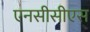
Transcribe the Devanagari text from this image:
एनसीसीएस